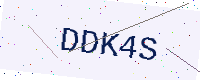
Text: DDK4S